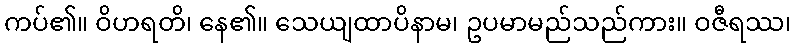
ကပ်၏။ ဝိဟရတိ၊ နေ၏။ သေယျထာပိနာမ၊ ဥပမာမည်သည်ကား။ ဝဇီရဿ၊